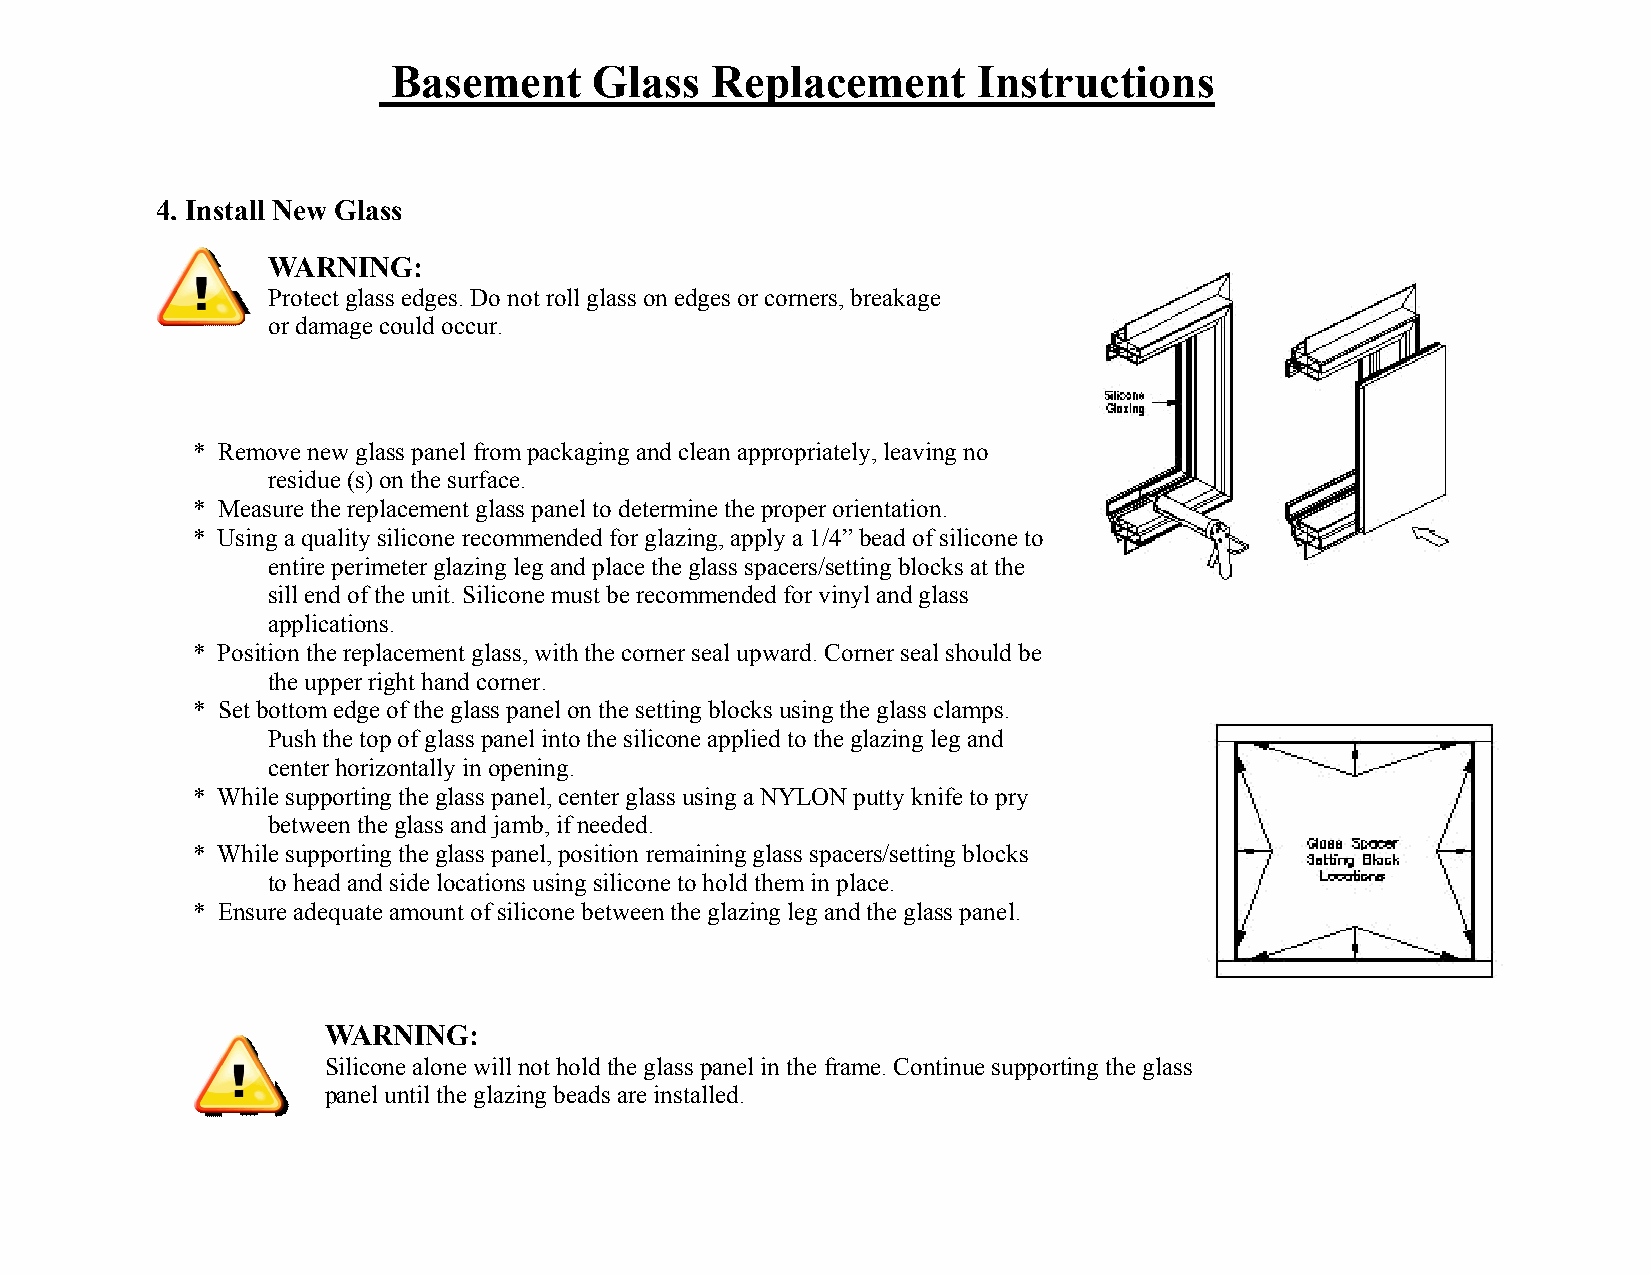
Basement     Glass   Replacement       Instructions
 4. Install New Glass
 WARNING:
 Protect glass edges. Do not roll glass on edges or corners, breakage
 or damage could occur.
 * Remove new glass panel from packaging and clean appropriately, leaving no
 residue (s) on the surface.
 * Measure the replacement glass panel to determine the proper orientation.
 * Using a quality silicone recommended for glazing, apply a 1/4” bead of silicone to
 entire perimeter glazing leg and place the glass spacers/setting blocks at the
 sill end of the unit. Silicone must be recommended for vinyl and glass
 applications.
 * Position the replacement glass, with the corner seal upward. Corner seal should be
 the upper right hand corner.
 * Set bottom edge of the glass panel on the setting blocks using the glass clamps.
 Push the top of glass panel into the silicone applied to the glazing leg and
 center horizontally in opening.
 * While supporting the glass panel, center glass using a NYLON putty knife to pry
 between the glass and jamb, if needed.
 * While supporting the glass panel, position remaining glass spacers/setting blocks
 to head and side locations using silicone to hold them in place.
 * Ensure adequate amount of silicone between the glazing leg and the glass panel.
 WARNING:
 Silicone alone will not hold the glass panel in the frame. Continue supporting the glass
 panel until the glazing beads are installed.